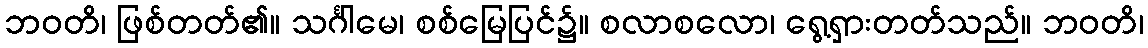
ဘဝတိ၊ ဖြစ်တတ်၏။ သင်္ဂါမေ၊ စစ်မြေပြင်၌။ စလာစလော၊ ရွေ့ရှားတတ်သည်။ ဘဝတိ၊